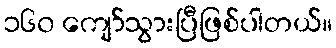
၁၆၀ ကျော်သွားပြီဖြစ်ပါတယ်။